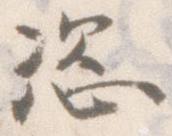
恣